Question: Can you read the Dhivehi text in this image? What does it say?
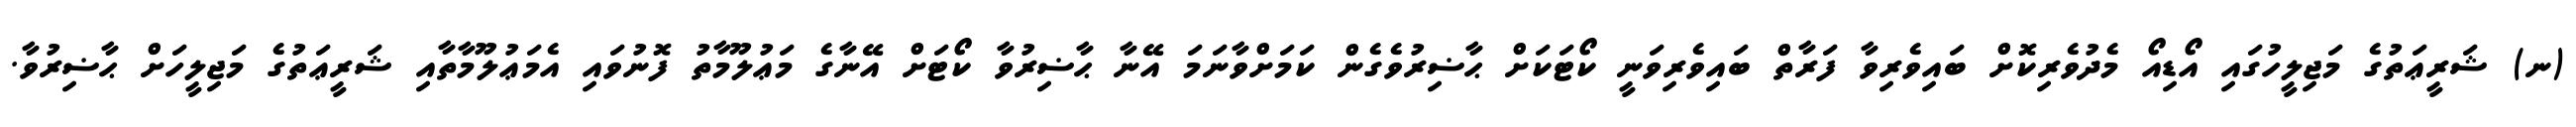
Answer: (ނ) ޝަރީޢަތުގެ މަޖިލީހުގައި އޯޑިއޯ މެދުވެރިކޮށް ބައިވެރިވާ ފަރާތް ބައިވެރިވަނީ ކޯޓަކަށް ޙާޟިރުވެގެން ކަމަށްވާނަމަ އޭނާ ޙާޟިރުވާ ކޯޓަށް އޭނާގެ މަޢުލޫމާތު ފޮނުވައި އެމަޢުލޫމާތާއި ޝަރީޢަތުގެ މަޖިލީހަށް ޙާޟިރުވާ.